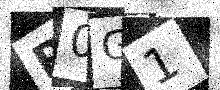
Text: R0G1